Report of the Indian Hemp Drugs Commission, 1894-1895 - Volume IV
Year: 1894
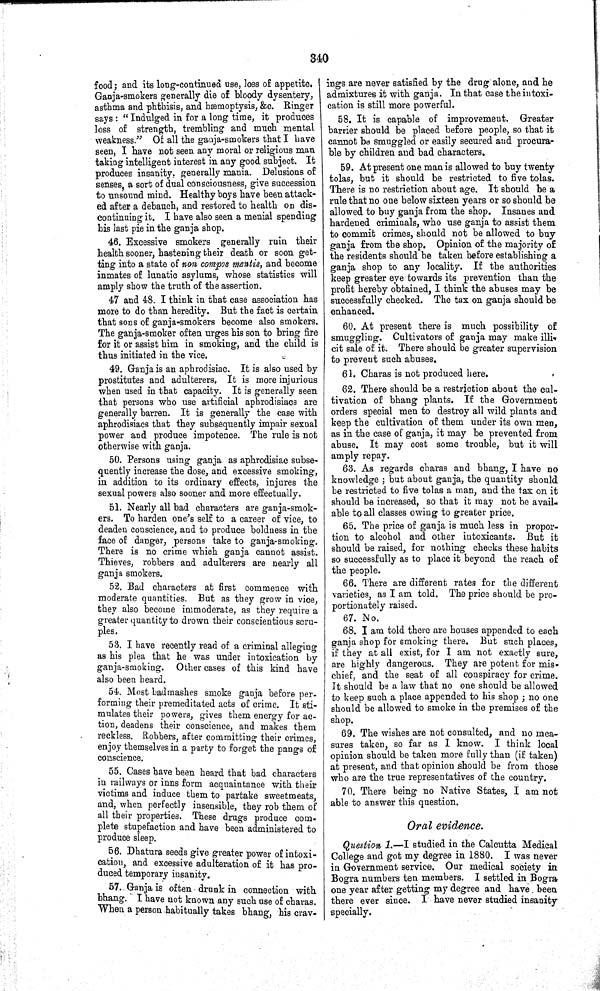
340
food; and its long-continued use, loss of appetite.
Ganja-smokers generally die of bloody dysentery,
asthma and phthisis, and hæmoptysis, &c. Ringer
says: "Indulged in for a long time, it produces
loss of strength, trembling and much mental
weakness." Of all the ganja-smokers that I have
seen, I have not seen any moral or religious man
taking intelligent interest in any good subject. It
produces insanity, generally mania. Delusions of
senses, a sort of dual consciousness, give succession
to unsound mind. Healthy boys have been attack-
ed after a debauch, and restored to health on dis-
continuing it. I have also seen a menial spending
his last pie in the ganja shop.
46. Excessive smokers generally ruin their
health sooner, hastening their death or soon get-
ting into a state of non compos mentis, and become
inmates of lunatic asylums, whose statistics will
amply show the truth of the assertion.
47 and 48. I think in that case association has
more to do than heredity. But the fact is certain
that sons of ganja-smokers become also smokers.
The ganja-smoker often urges his son to bring fire
for it or assist him in smoking, and the child is
thus initiated in the vice.
49. Ganja is an aphrodisiac. It is also used by
prostitutes and adulterers. It is more injurious
when used in that capacity. It is generally seen
that persons who use artificial aphrodisiacs are
generally barren. It is generally the case with
aphrodisiacs that they subsequently impair sexual
power and produce impotence. The rule is not
otherwise with ganja.
50. Persons using ganja as aphrodisiac subse-
quently increase the dose, and excessive smoking,
in addition to its ordinary effects, injures the
sexual powers also sooner and more effectually.
51. Nearly all bad characters are ganja-smok-
ers. To harden one's self to a career of vice, to
deaden conscience, and to produce boldness in the
face of danger, persons take to ganja-smoking.
There is no crime which ganja cannot assist.
Thieves, robbers and adulterers are nearly all
ganja smokers.
52. Bad characters at first commence with
moderate quantities. But as they grow in vice,
they also become immoderate, as they require a
greater quantity to drown their conscientious scru-
ples.
53. I have recently read of a criminal alleging
as his plea that he was under intoxication by
ganja-smoking. Other cases of this kind have
also been heard.
54. Most badmashes smoke ganja before per-
forming their premeditated acts of crime. It sti-
mulates their powers, gives them energy for ac-
tion, deadens their conscience, and makes them
reckless. Robbers, after committing their crimes,
enjoy themselves in a party to forget the pangs of
conscience.
55. Cases have been heard that bad characters
in railways or inns form acquaintance with their
victims and induce them to partake sweetmeats,
and, when perfectly insensible, they rob them of
all their properties. These drugs produce com-
plete stupefaction and have been administered to
produce sleep.
56. Dhatura seeds give greater power of intoxi-
cation, and excessive adulteration of it has pro-
duced temporary insanity.
57. Ganja is often drunk in connection with
bhang. I have not known any such use of charas.
When a person habitually takes bhang, his crav-
ings are never satisfied by the drug alone, and he
admixtures it with ganja. In that case the intoxi-
cation is still more powerful.
58. It is capable of improvement. Greater
barrier should be placed before people, so that it
cannot be smuggled or easily secured and procura-
ble by children and bad characters.
59. At present one man is allowed to buy twenty
tolas, but it should be restricted to five tolas.
There is no restriction about age. It should be a
rule that no one below sixteen years or so should be
allowed to buy ganja from the shop. Insanes and
hardened criminals, who use ganja to assist them
to commit crimes, should not be allowed to buy
ganja from the shop. Opinion of the majority of
the residents should be taken before establishing a
ganja shop to any locality. If the authorities
keep greater eye towards its prevention than the
profit hereby obtained, I think the abuses may be
successfully checked. The tax on ganja should be
enhanced.
60. At present there is much possibility of
smuggling. Cultivators of ganja may make illi-
cit sale of it. There should be greater supervision
to prevent such abuses.
61. Charas is not produced here.
62. There should be a restriction about the cul-
tivation of bhang plants. If the Government
orders special men to destroy all wild plants and
keep the cultivation of them under its own men,
as in the case of ganja, it may be prevented from
abuse. It may cost some trouble, but it will
amply repay.
63. As regards charas and bhang, I have no
knowledge; but about ganja, the quantity should
be restricted to five tolas a man, and the tax on it
should be increased, so that it may not be avail-
able to all classes owing to greater price.
65. The price of ganja is much less in propor-
tion to alcohol and other intoxicants. But it
should be raised, for nothing checks these habits
so successfully as to place it beyond the reach of
the people.
66. There are different rates for the different
varieties, as I am told. The price should be pro-
portionately raised.
67. No.
68. I am told there are houses appended to each
ganja shop for smoking there. But such places,
if they at all exist, for I am not exactly sure,
are highly dangerous. They are potent for mis-
chief, and the seat of all conspiracy for crime.
It should be a law that no one should be allowed
to keep such a place appended to his shop; no one
should be allowed to smoke in the premises of the
shop.
69. The wishes are not consulted, and no mea-
sures taken, so far as I know. I think local
opinion should be taken more fully than (if taken)
at present, and that opinion should be from those
who are the true representatives of the country.
70. There being no Native States, I am not
able to answer this question.
Oral evidence.
Question 1. —I studied in the Calcutta Medical
College and got my degree in 1880. I was never
in Government service. Our medical society in
Bogra numbers ten members. I settled in Bogra
one year after getting my degree and have been
there ever since. I have never studied insanity
specially.